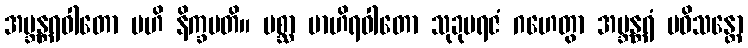
အဗ္ဘန္တရဝါတော ဗဟိ နိက္ခမတိ။ ပစ္ဆာ ဗာဟိရဝါတော သုခုမရဇံ ဂဟေတွာ အဗ္ဘန္တရံ ပဝိသန္တော